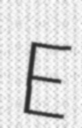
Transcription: E